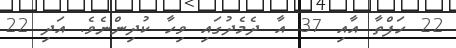
22 ހަފްތާ އާއި 37 އާ ދެމެދުގައި ވިހާ ކުދިންނެވެ. އަދި 22